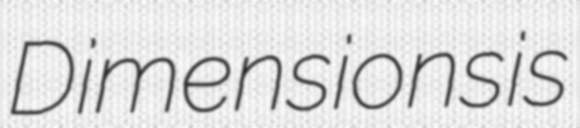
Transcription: Dimensions is